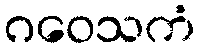
ဂဝေသကံ